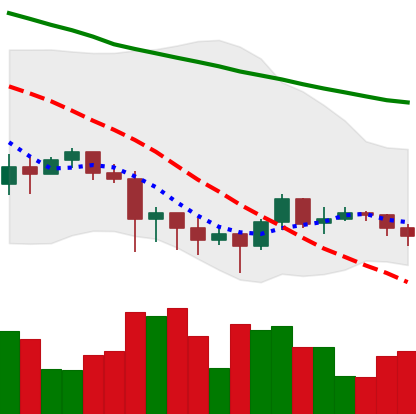
Ticker: XRP-USD
Chart end date: 2022-01-18
Forward return: -16.459%
Label: down_7plus